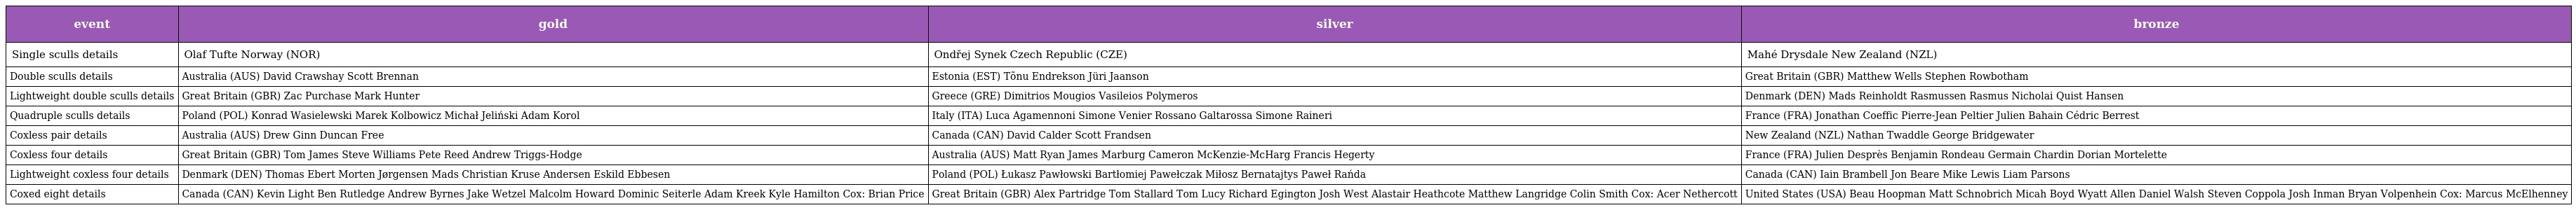
| event | gold | silver | bronze |
 | --- | --- | --- | --- |
 | Single sculls details | Olaf Tufte Norway (NOR) | Ondřej Synek Czech Republic (CZE) | Mahé Drysdale New Zealand (NZL) |
 | Double sculls details | Australia (AUS) David Crawshay Scott Brennan | Estonia (EST) Tõnu Endrekson Jüri Jaanson | Great Britain (GBR) Matthew Wells Stephen Rowbotham |
 | Lightweight double sculls details | Great Britain (GBR) Zac Purchase Mark Hunter | Greece (GRE) Dimitrios Mougios Vasileios Polymeros | Denmark (DEN) Mads Reinholdt Rasmussen Rasmus Nicholai Quist Hansen |
 | Quadruple sculls details | Poland (POL) Konrad Wasielewski Marek Kolbowicz Michał Jeliński Adam Korol | Italy (ITA) Luca Agamennoni Simone Venier Rossano Galtarossa Simone Raineri | France (FRA) Jonathan Coeffic Pierre-Jean Peltier Julien Bahain Cédric Berrest |
 | Coxless pair details | Australia (AUS) Drew Ginn Duncan Free | Canada (CAN) David Calder Scott Frandsen | New Zealand (NZL) Nathan Twaddle George Bridgewater |
 | Coxless four details | Great Britain (GBR) Tom James Steve Williams Pete Reed Andrew Triggs-Hodge | Australia (AUS) Matt Ryan James Marburg Cameron McKenzie-McHarg Francis Hegerty | France (FRA) Julien Desprès Benjamin Rondeau Germain Chardin Dorian Mortelette |
 | Lightweight coxless four details | Denmark (DEN) Thomas Ebert Morten Jørgensen Mads Christian Kruse Andersen Eskild Ebbesen | Poland (POL) Łukasz Pawłowski Bartłomiej Pawełczak Miłosz Bernatajtys Paweł Rańda | Canada (CAN) Iain Brambell Jon Beare Mike Lewis Liam Parsons |
 | Coxed eight details | Canada (CAN) Kevin Light Ben Rutledge Andrew Byrnes Jake Wetzel Malcolm Howard Dominic Seiterle Adam Kreek Kyle Hamilton Cox: Brian Price | Great Britain (GBR) Alex Partridge Tom Stallard Tom Lucy Richard Egington Josh West Alastair Heathcote Matthew Langridge Colin Smith Cox: Acer Nethercott | United States (USA) Beau Hoopman Matt Schnobrich Micah Boyd Wyatt Allen Daniel Walsh Steven Coppola Josh Inman Bryan Volpenhein Cox: Marcus McElhenney |